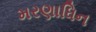
મરણાધિન